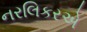
નરલિકરએ